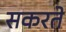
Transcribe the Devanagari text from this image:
सकरते